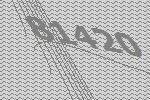
81420